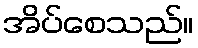
အိပ်စေသည်။